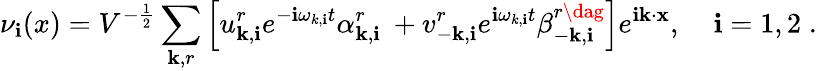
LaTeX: \nu_{\mathbf{i}}(x)=V^{-\frac{{1}}{{2}}}\sum_{{\mathbf{k}},r}\left[u_{{\mathbf{k}},\mathbf{i}}^{r}e^{-\mathbf{i}\omega_{k,\mathbf{i}}t}\alpha_{{\mathbf{k}},\mathbf{i}}^{r}\: +v_{-{\mathbf{k}},\mathbf{i}}^{r}e^{\mathbf{i}\omega_{k,\mathbf{i}}t}\beta_{-{\mathbf{k}},\mathbf{i}}^{r\dag}\right]e^{\mathbf{i}{\mathbf{k}}\cdot{\mathbf{x}}},\; \; \; ~\mathbf{i}=1,2\; .